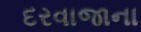
દરવાજાના